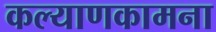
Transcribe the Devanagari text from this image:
कल्याणकामना